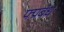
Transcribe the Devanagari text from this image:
फ्प्रबंध